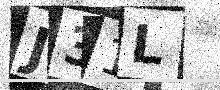
Text: J31L